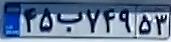
۴۵ب۷۴۹۵۳